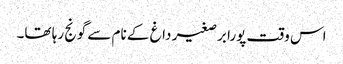
اس وقت پورا برصغیر داغ کے نام سے گونج رہا تھا۔